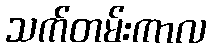
သက်တမ်းကာလ